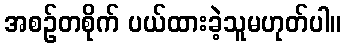
အစဉ်တစိုက် ပယ်ထားခဲ့သူမဟုတ်ပါ။